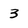
Character: 3